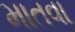
માતવા